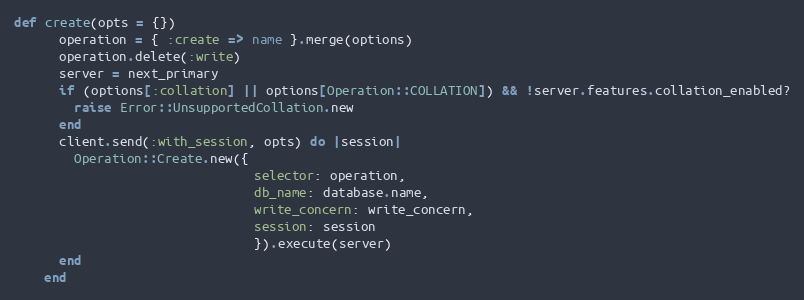
Language: Ruby
def create(opts = {})
      operation = { :create => name }.merge(options)
      operation.delete(:write)
      server = next_primary
      if (options[:collation] || options[Operation::COLLATION]) && !server.features.collation_enabled?
        raise Error::UnsupportedCollation.new
      end
      client.send(:with_session, opts) do |session|
        Operation::Create.new({
                                selector: operation,
                                db_name: database.name,
                                write_concern: write_concern,
                                session: session
                                }).execute(server)
      end
    end